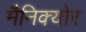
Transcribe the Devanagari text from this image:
मैनिक्‍योर